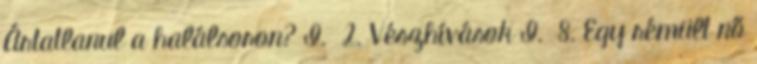
Ártatlanul a halálsoron? I. 2. Vészhívások I. 8. Egy rémült nő